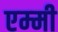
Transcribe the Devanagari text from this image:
एम्‍मी